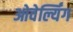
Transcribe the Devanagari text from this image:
ओवेर्ल्यिंग